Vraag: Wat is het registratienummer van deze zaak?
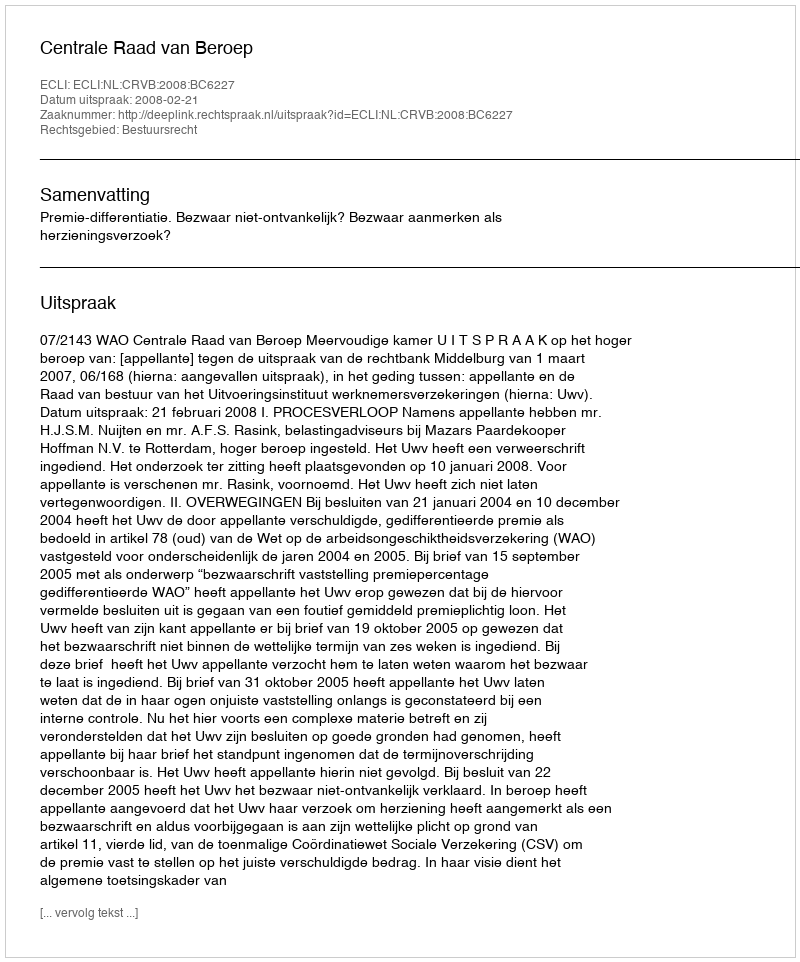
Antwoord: http://deeplink.rechtspraak.nl/uitspraak?id=ECLI:NL:CRVB:2008:BC6227